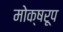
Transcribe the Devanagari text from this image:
मोक्षरूप